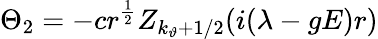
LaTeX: \Theta_{2}=-cr^{\frac 12}Z_{k_{\vartheta}+1/2}(i(\lambda-gE)r)